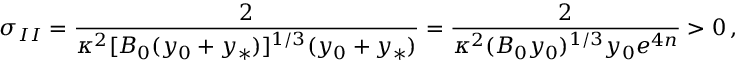
\sigma _ { I I } = { \frac { 2 } { \kappa ^ { 2 } [ B _ { 0 } ( y _ { 0 } + y _ { * } ) ] ^ { 1 / 3 } ( y _ { 0 } + y _ { * } ) } } = { \frac { 2 } { \kappa ^ { 2 } ( B _ { 0 } y _ { 0 } ) ^ { 1 / 3 } y _ { 0 } e ^ { 4 n } } } > 0 \, ,